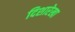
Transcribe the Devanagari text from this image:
दिशारेखा